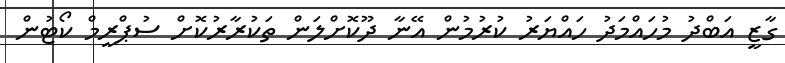
ގާޒީ އަބްދު މުހައްމަދު ހައްޔަރު ކުރުމުން އޭނާ ދޫކޮށްލަން ތަކުރާރުކޮށް ސުޕްރީމް ކޯޓުން